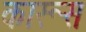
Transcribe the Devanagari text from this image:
कारूस